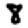
Digit: 8